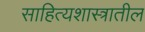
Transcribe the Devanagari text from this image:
साहित्यशास्त्रातील